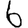
Digit: 6